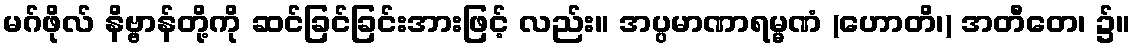
မဂ်ဖိုလ် နိဗ္ဗာန်တို့ကို ဆင်ခြင်ခြင်းအားဖြင့် လည်း။ အပ္ပမာဏာရမ္မဏံ (ဟောတိ၊) အတီတေ၊ ၌။